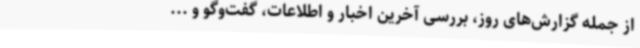
از جمله گزارش‌های روز، بررسی آخرین اخبار و اطلاعات، گفت‌وگو و ...